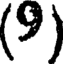
(9)